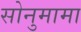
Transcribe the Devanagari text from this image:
सोनुमामा